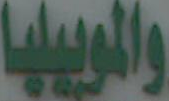
والموبيليا